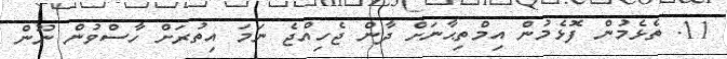
11. ތެޅެމުން ފޮޅެމުން އިމްތިޙާނަށް ދާން ޖެހިއްޖެ ނަމަ އިތުރަށް ހާސްވުން ނޫން